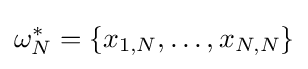
\omega _{N}^{*}=\{x_{1,N},\ldots ,x_{N,N}\}